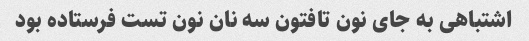
اشتباهی به جای نون تافتون سه نان نون تست فرستاده بود